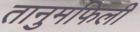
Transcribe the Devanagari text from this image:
तानुमफिली